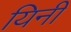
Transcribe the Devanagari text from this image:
यिनी